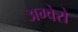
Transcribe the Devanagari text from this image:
अग्वेरो